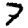
Digit: 7